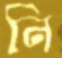
নি